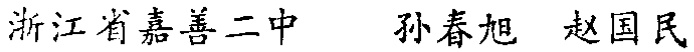
浙江省嘉善二中 孙春旭 赵国民